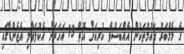
ގެ މެމްބަރު ގައުމުތަކުން އެއްބަސްވެ ކުރިއަށް އޮތް 15 އަހަރަށް އެކުލަވާލި އެޖެންޑާގައި